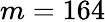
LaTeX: m=164